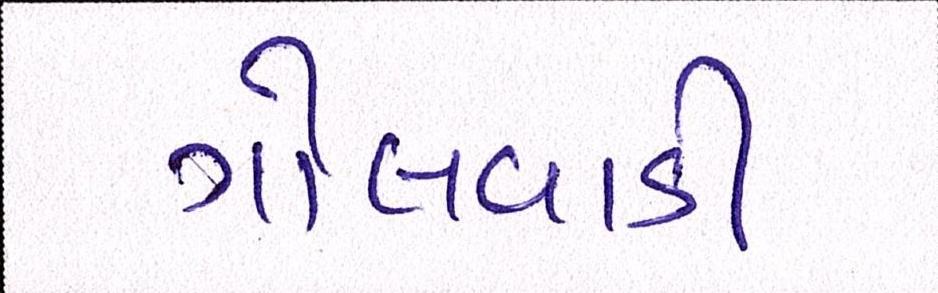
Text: ગોલવાડી